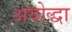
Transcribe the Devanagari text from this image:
अयोद्धा